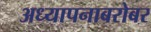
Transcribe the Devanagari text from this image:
अध्यापनाबरोबर